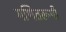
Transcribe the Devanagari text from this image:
गणितरूपी